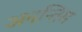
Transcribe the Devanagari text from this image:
अनन्तिम